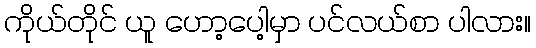
ကိုယ်တိုင် ယူ ဟော့ပေါ့မှာ ပင်လယ်စာ ပါလား။